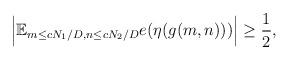
LaTeX: \begin{align*} \Bigl\vert\mathbb{E}_{m\leq cN_{1}/D, n\leq cN_{2}/D}e(\eta(g(m,n)))\Bigr\vert\geq\frac{1}{2}, \end{align*}